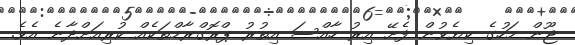
ޖޫން މަހުގެ ކިޔެވުން ފެށޭ އިރު ހާއްސަ އިތުރު ޕްރޮގްރާމްތަކެއް ކުރިއަށްދާނެ އެވެ.